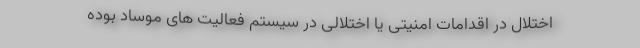
اختلال در اقدامات امنیتی یا اختلالی در سیستم فعالیت های موساد بوده